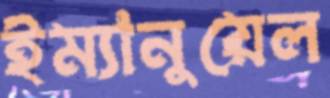
ইম্যানুয়েল